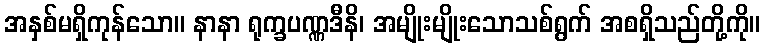
အနှစ်မရှိကုန်သော။ နာနာ ရုက္ခပဏ္ဏဒီနိ၊ အမျိုးမျိုးသောသစ်ရွက် အစရှိသည်တို့ကို။